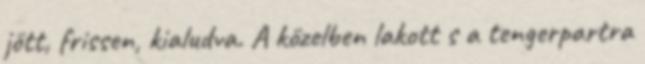
jött, frissen, kialudva. A közelben lakott s a tengerpartra